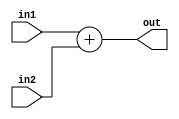
module Adder (
    input  signed [37:0] in1,
    in2,
    output signed [37:0] out
);
  assign out = in1 + in2;
endmodule